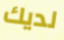
لديك